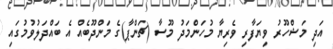
އަދި މަޝްހޫރު ވިޔަފާރި ވެރިޔާ މުހަންމަދު މޫސާ (ޗަންޕާ)ގެ މަންދޫބެއް އެ ބައްދަލުވުމުގައި